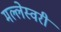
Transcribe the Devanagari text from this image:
मल्लेस्वरी